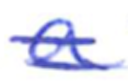
Text: a
Cross-out: mix
Writing tool: ballpoint